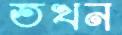
তখন